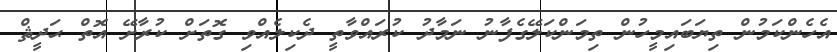
އެހެންކަމުން ތިޔަބައިމީހުން ތިމަންކަލޭގެފާނު ނަމާދު ކުރައްވާތީ ދެކިލެއްވި ގޮތަށް ކުރާށޭ އޮތް ޙަދީޘް